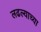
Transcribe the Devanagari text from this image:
लढल्याच्या